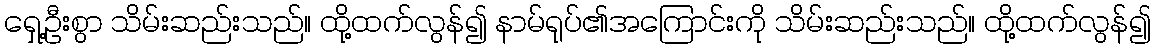
ရှေ့ဦးစွာ သိမ်းဆည်းသည်။ ထို့ထက်လွန်၍ နာမ်ရုပ်၏အကြောင်းကို သိမ်းဆည်းသည်။ ထို့ထက်လွန်၍